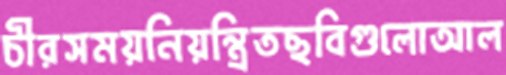
চীরসময়নিয়ন্ত্রিতছবিগুলোআল